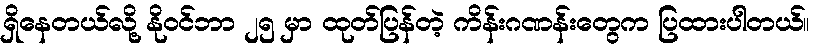
ရှိနေတယ်လို့ နိုဝင်ဘာ ၂၅ မှာ ထုတ်ပြန်တဲ့ ကိန်းဂဏန်းတွေက ပြထားပါတယ်။